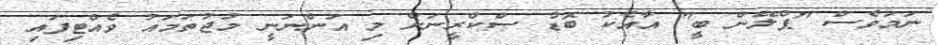
ނަމަވެސް "ޕްލޭން ބީ" އާއެކު ބޮޑު ސްކްރީނަށް މި އަންނަނީ މުޖުތަމައު ވެއްޓިފައި